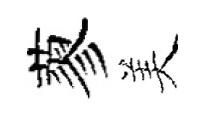
蓼美